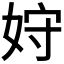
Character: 𫰦